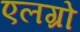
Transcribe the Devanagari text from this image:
एलग्रो